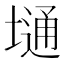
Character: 𫮢